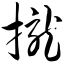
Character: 拢